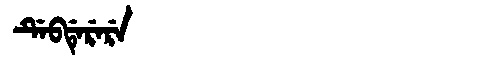
Manchu: ᡩᡝᠪᡩᡝᡵᡝᡵᡝ
Romanization: DEBDERERE